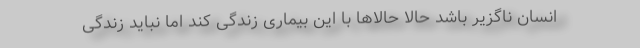
انسان ناگزیر باشد حالا حالاها با این بیماری زندگی کند اما نباید زندگی